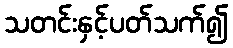
သတင်းနှင့်ပတ်သက်၍